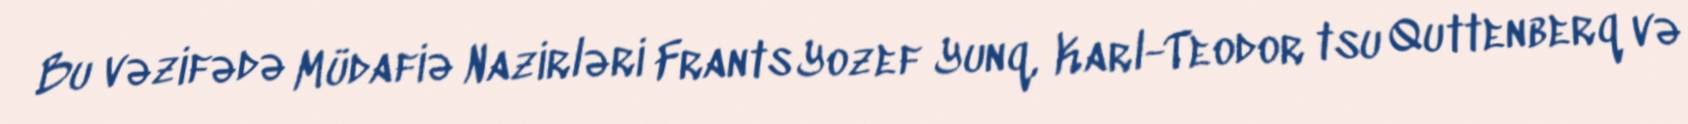
Bu vəzifədə Müdafiə Nazirləri Frants Yozef Yunq, Karl-Teodor tsu Quttenberq və